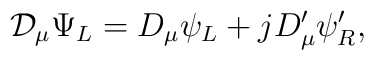
{\cal D}_{\mu} \Psi_L = D_{\mu} \psi_L + j D'_{\mu} \psi'_R,